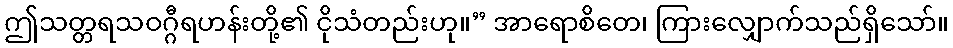
ဤသတ္တရသဝဂ္ဂီရဟန်းတို့၏ ငိုသံတည်းဟု။” အာရောစိတေ၊ ကြားလျှောက်သည်ရှိသော်။